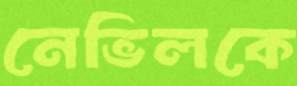
নেভিলকে